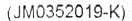
(JM0352019-K)